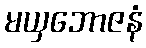
မယှဘောဇနံ